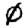
Digit: 0